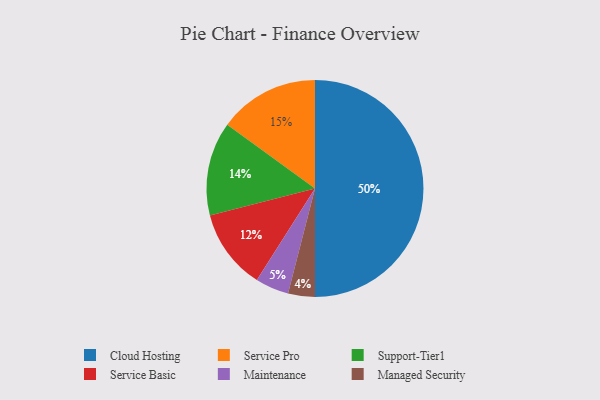
{"axis": {"x": "Category", "y": "Percentage"}, "legend": ["Cloud Hosting", "Maintenance", "Managed Security", "Service Basic", "Service Pro", "Support-Tier1"], "data": [{"x": "Support-Tier1", "y": 14, "type": "Support-Tier1"}, {"x": "Cloud Hosting", "y": 50, "type": "Cloud Hosting"}, {"x": "Maintenance", "y": 5, "type": "Maintenance"}, {"x": "Service Pro", "y": 15, "type": "Service Pro"}, {"x": "Managed Security", "y": 4, "type": "Managed Security"}, {"x": "Service Basic", "y": 12, "type": "Service Basic"}]}